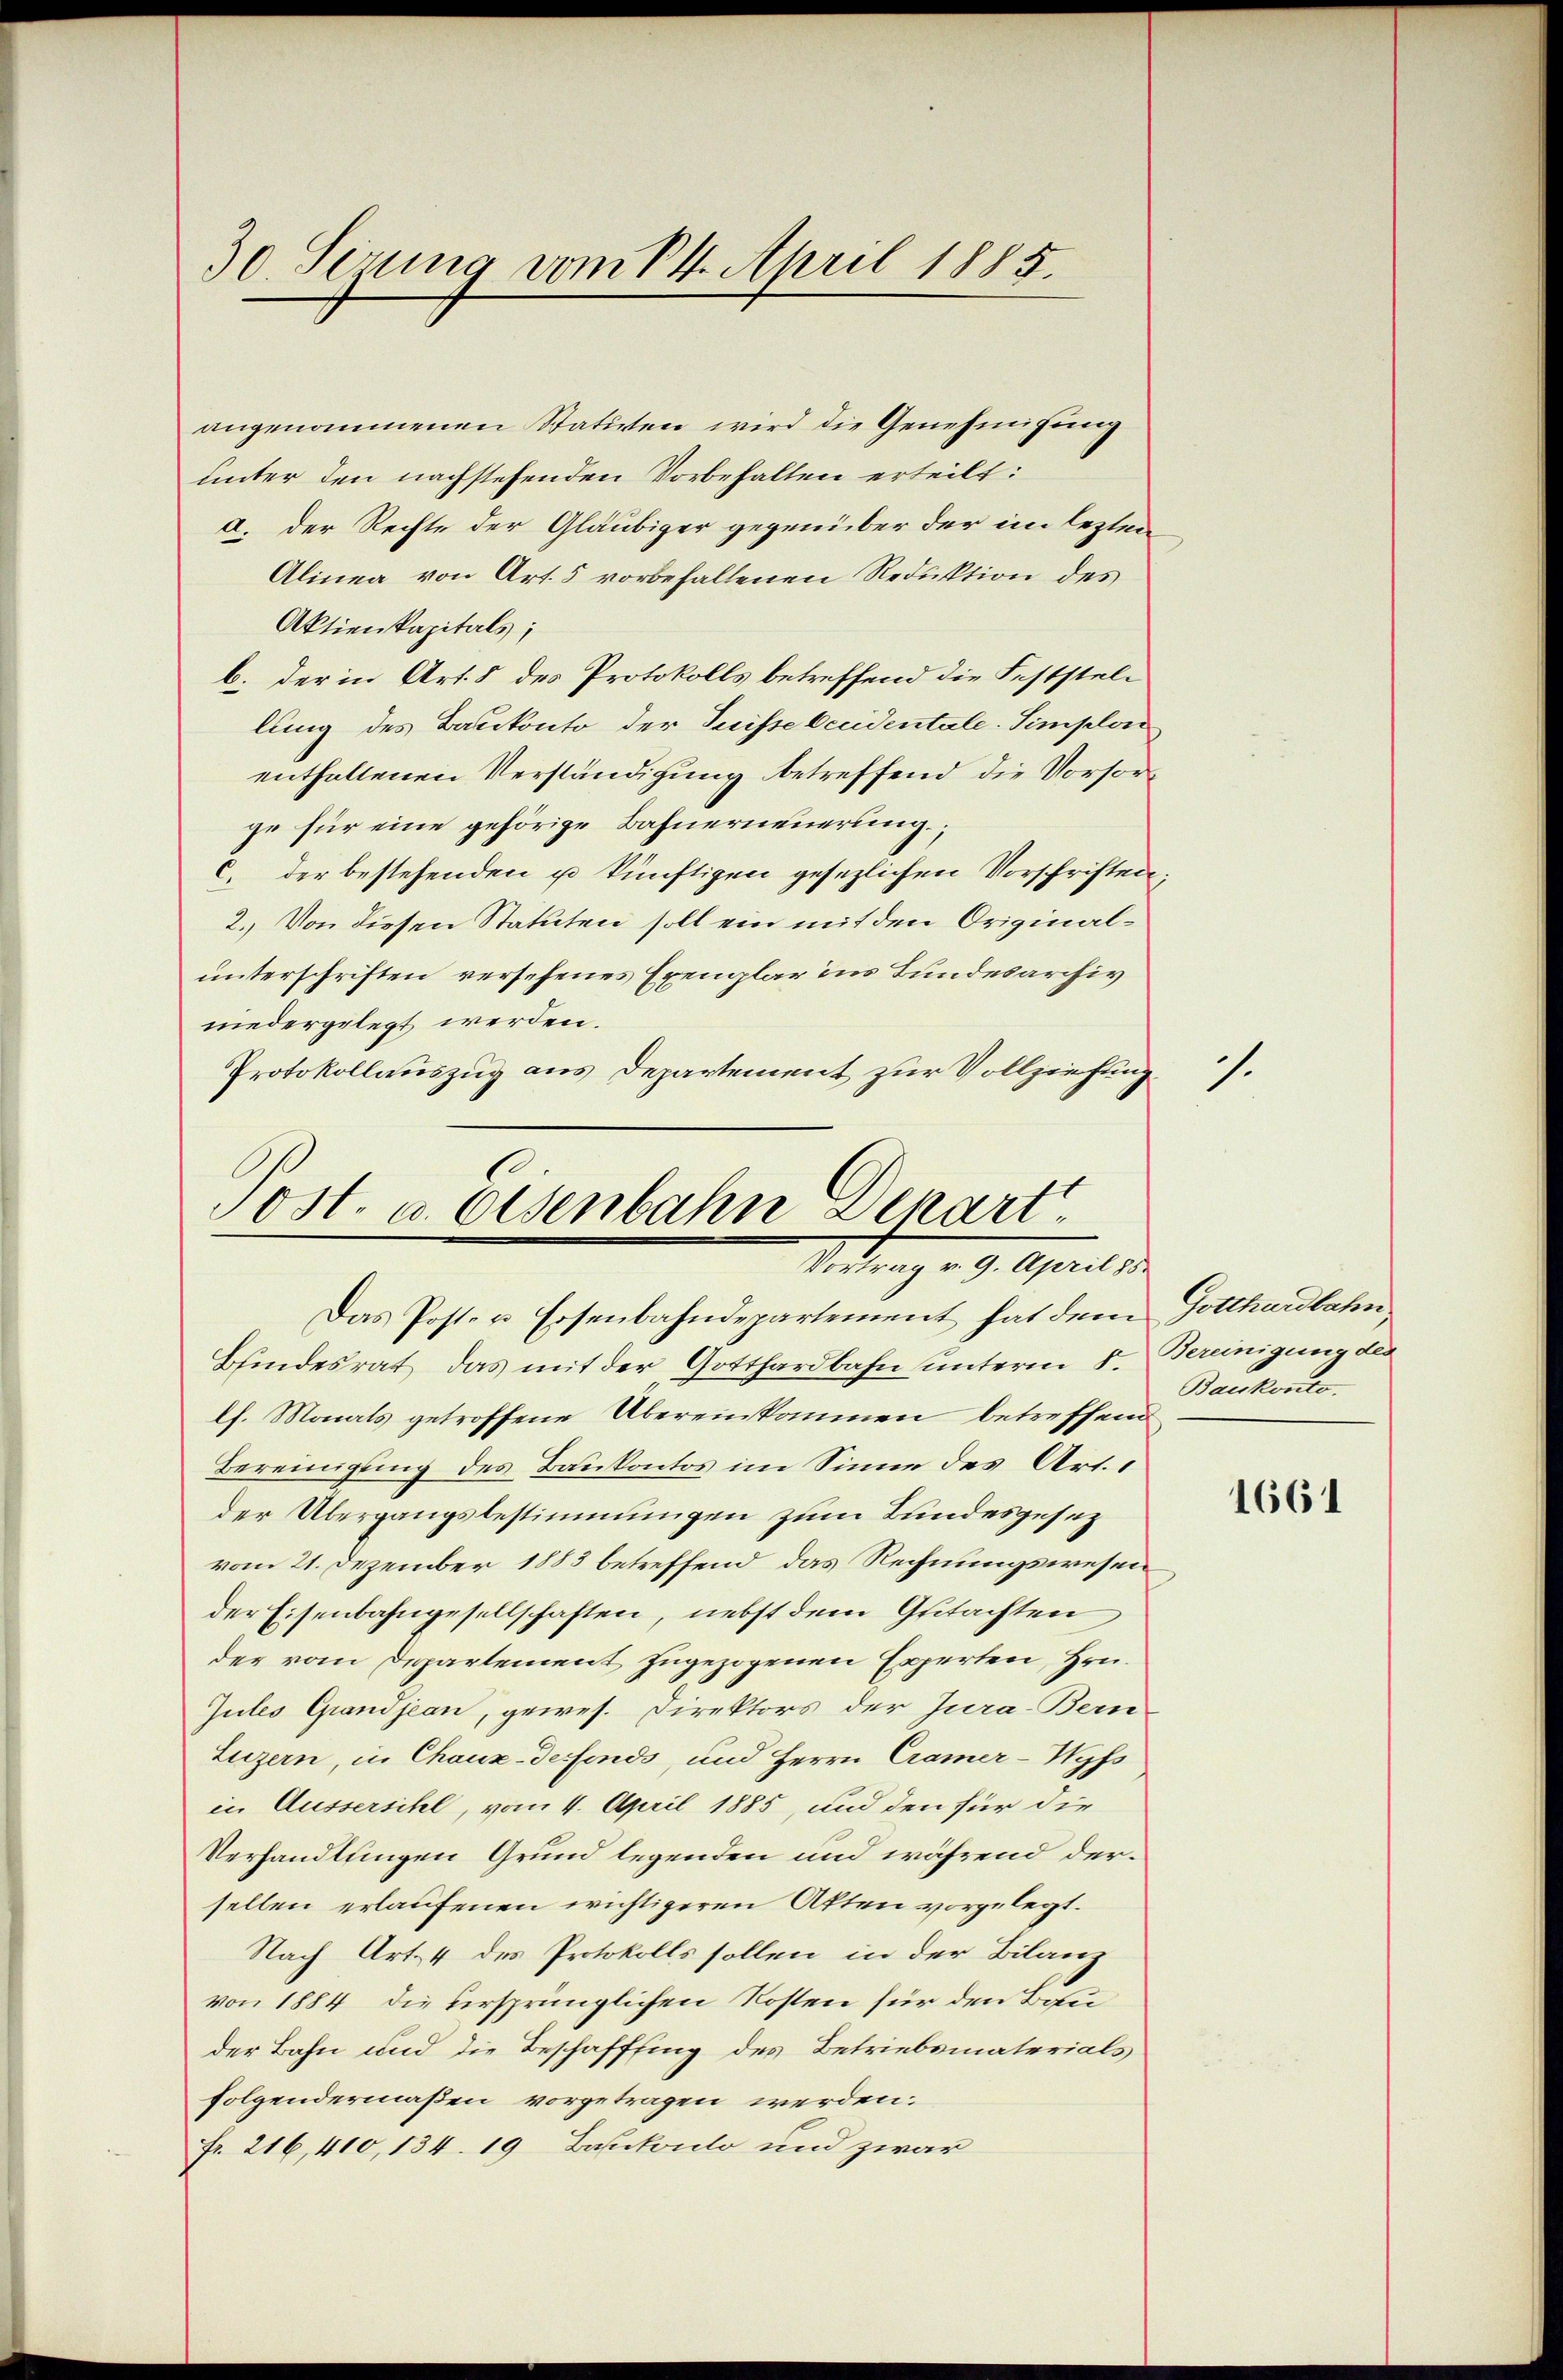
30. Serung vom 14. April 1885.

angenommenen Statuten wird die Genehmigung
unter den nachstehenden Vorbehalten erteilt:
a. der Rechte der Gläubiger gegenüber der im lezten
Alinea von Art. 5 vorbefallenen Reduktion des
Aktienkapitals;
b. der in Art. 5 des Protokolls betreffend die Feststellung des Baukonto der Suisse Accidentale. Simplon
enthaltenen Verständigung betreffend die Vorsorge für eine gehörige Bahnerneuerung,
c. der bestehenden u künftigen gesezlichen Vorschriften;
2. Von diesen Statuten soll ein mit den Originalunterschriften versehenes Exemplar ins Bundesarchiv
niedergelegt werden.
Protokollauszug aus Departement zur Vollziehung.

Tost. u. Osenbahn Depart
Vortrag v. 9. April 185
Das Poste u. Eisenbahndepartement hat dem Gotthardbahn

Bfindesrat, das mit der Gotthardbahn unterm 8. Bereinigung der
lh. Monats getroffene Übereinkommen betreffend
Bereinigung des Baukontos im Sinne des Art.
der Übergangsbestimmungen zum Bundesgesetz
vom 21. Dezember 1883 betreffend das Rechnungswesen
der Eisenbahngesellschaften, nebst dem Gutachten
der vom Departement zugezogenen Experten, Hrn.
Jules Grandjean, gewes. Direktors der Jura-Bern
Luzern, in Chaux-definds, und Herrn Cramer-Wyfs
in Aussersihl, vom 4. April 1885, und den für die
Verhandlungen Grund legenden und während derselben erlaufenen wichtigeren Akten vorgelegt.
Nach Art. 4 des Protokolls sollen in der Bilanz
von 1884 die ursprünglichen Kosten für den Bauder Bahn und die Beschaffung des Betriebsmaterials
folgendermaßen vorgetragen werden:
Fr. 216, 410, 134. 19 Bankonto und zwar

1.

Baukonto.

1661